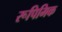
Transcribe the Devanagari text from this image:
रूपिमिक